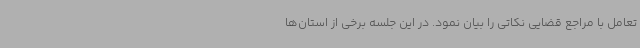
تعامل با مراجع قضایی نکاتی را بیان نمود. در این جلسه برخی از استان‌ها